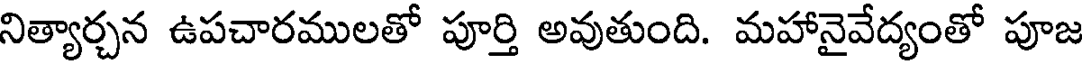
నిత్యార్చన ఉపచారములతో పూర్తి అవుతుంది. మహానైవేద్యంతో పూజ